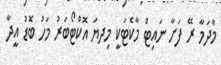
މާދަމާ ރޭ ފަށާ ނައިޓް މާކެޓަކީ މިދޔަ އޮކްޓޯބަރު މަހު ބޮޑު އީދާ